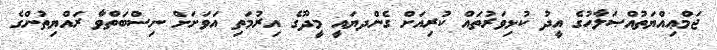
ޖަމްޢިއްޔަތުއްޞަލާހުގެ އީދު ކުޅިވަރުތައް ކުރިއަށް ގެންދޔައީ މީދޫގެ އިރުމަތި އަވަށަށް ނިސްބަތްވާ ރައްޔިތުންގެ